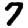
Digit: 7